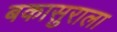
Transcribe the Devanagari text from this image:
बकासुराला